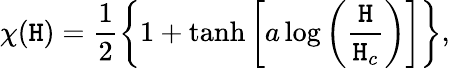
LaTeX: \chi(\mathtt{H})=\frac{{1}}{{2}}\left\{ 1+\operatorname{tanh}\left[a\log\left(\frac{{\mathtt{H}}}{{\mathtt{H}_{c}}}\right)\right]\right\} ,